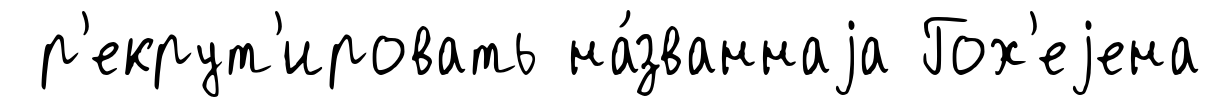
р'екрут'ировать на́званнаjа Гох'еjена